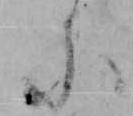
に